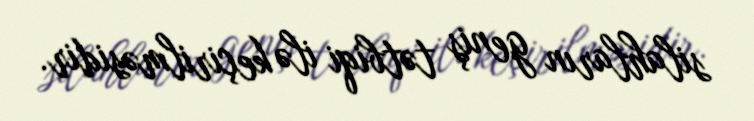
silahların geniş tətbiqi ilə keçirilməsidir.